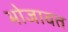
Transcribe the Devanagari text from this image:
भोजावत